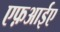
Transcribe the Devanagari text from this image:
एफ़आईए